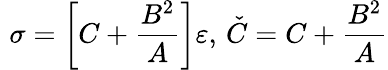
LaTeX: \, \, \sigma=\left[C+\frac{B^{2}}{A}\right]\varepsilon,\, \check{C}=C+\frac{B^{2}}{A}